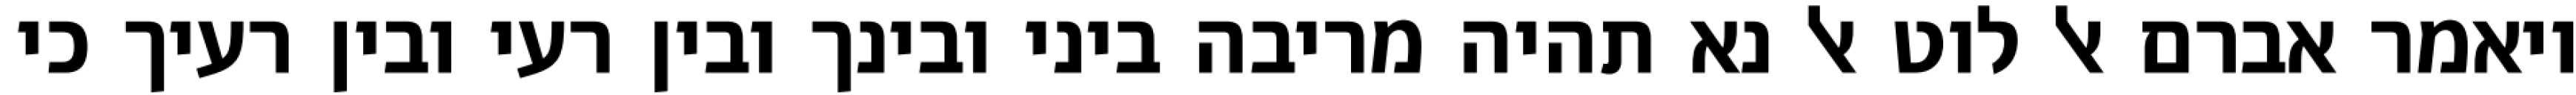
ויאמר אברם אל לוט אל נא תהיה מריבה ביני ובינך ובין רעי ובין רעיך כי